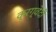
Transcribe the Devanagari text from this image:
क्रग्वेदी